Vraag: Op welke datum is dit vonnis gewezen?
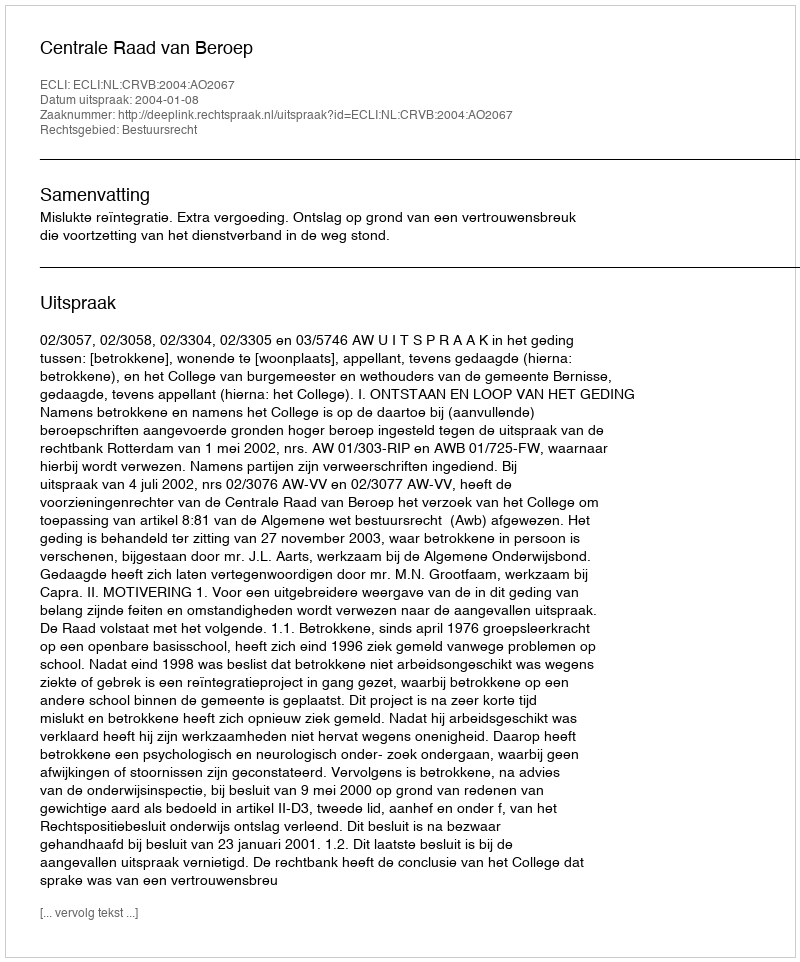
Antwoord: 2004-01-08